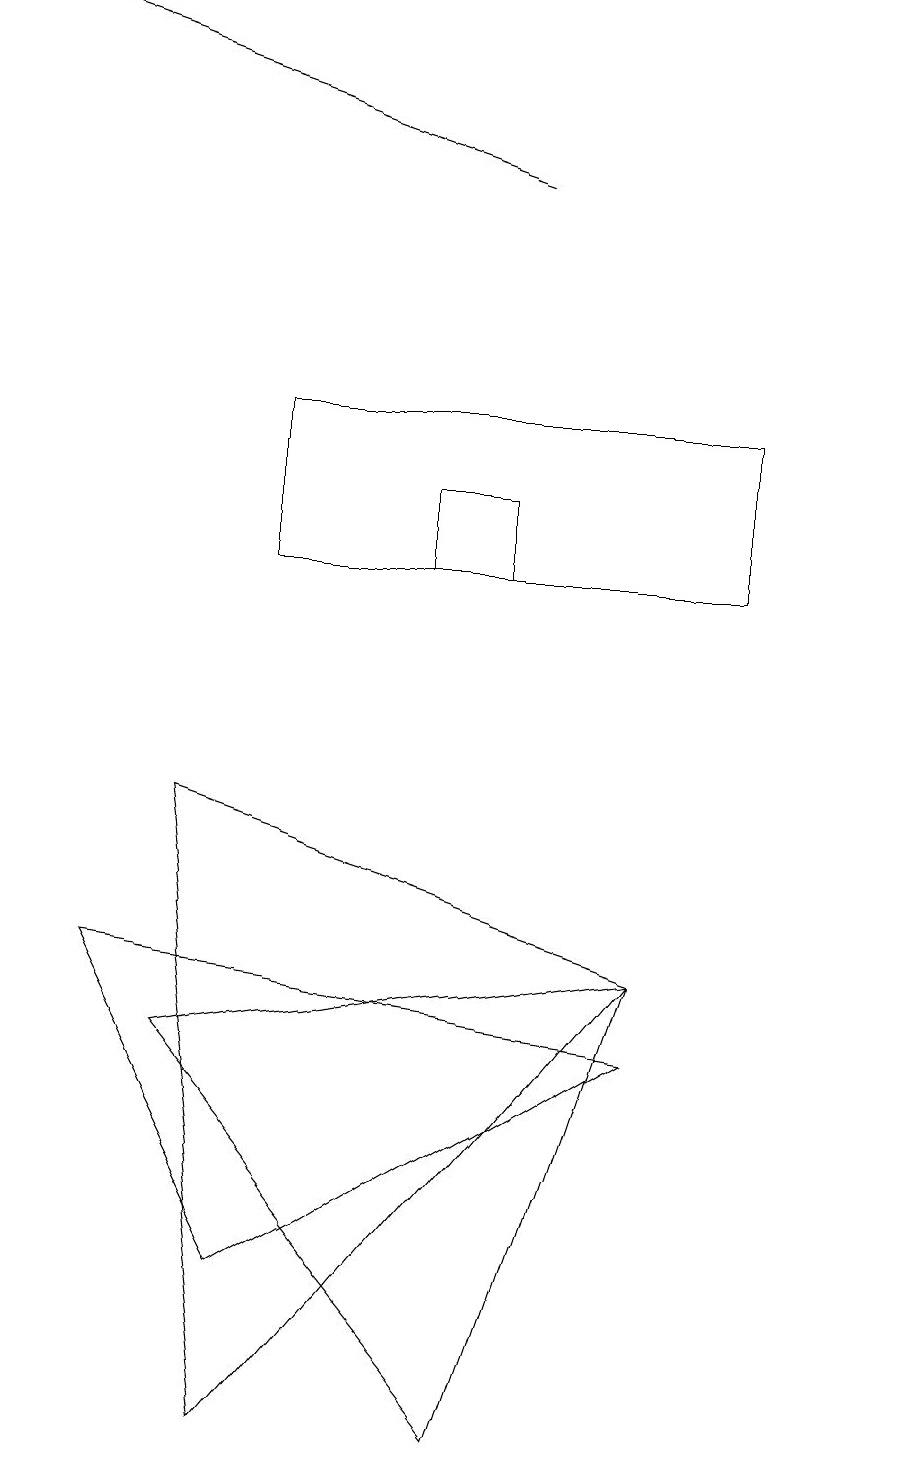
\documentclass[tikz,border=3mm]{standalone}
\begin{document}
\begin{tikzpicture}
\draw (11,10) circle (0);
\draw (5,11) rectangle (6,12);
\draw (8,6) -- (2,5) -- (6,0) -- cycle;
\draw (3,13) rectangle (9,11);
\draw (3,0) -- (8,6) -- (2,8) -- cycle;
\draw[->] (6,16) -- (0,18);
\draw (8,5) -- (3,2) -- (1,6) -- cycle;
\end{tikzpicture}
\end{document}